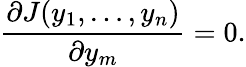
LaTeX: {\frac{\partial J(y_{1},\ldots,y_{n})}{\partial y_{m}}}=0.